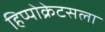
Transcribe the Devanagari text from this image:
हिप्पोक्रेटसला